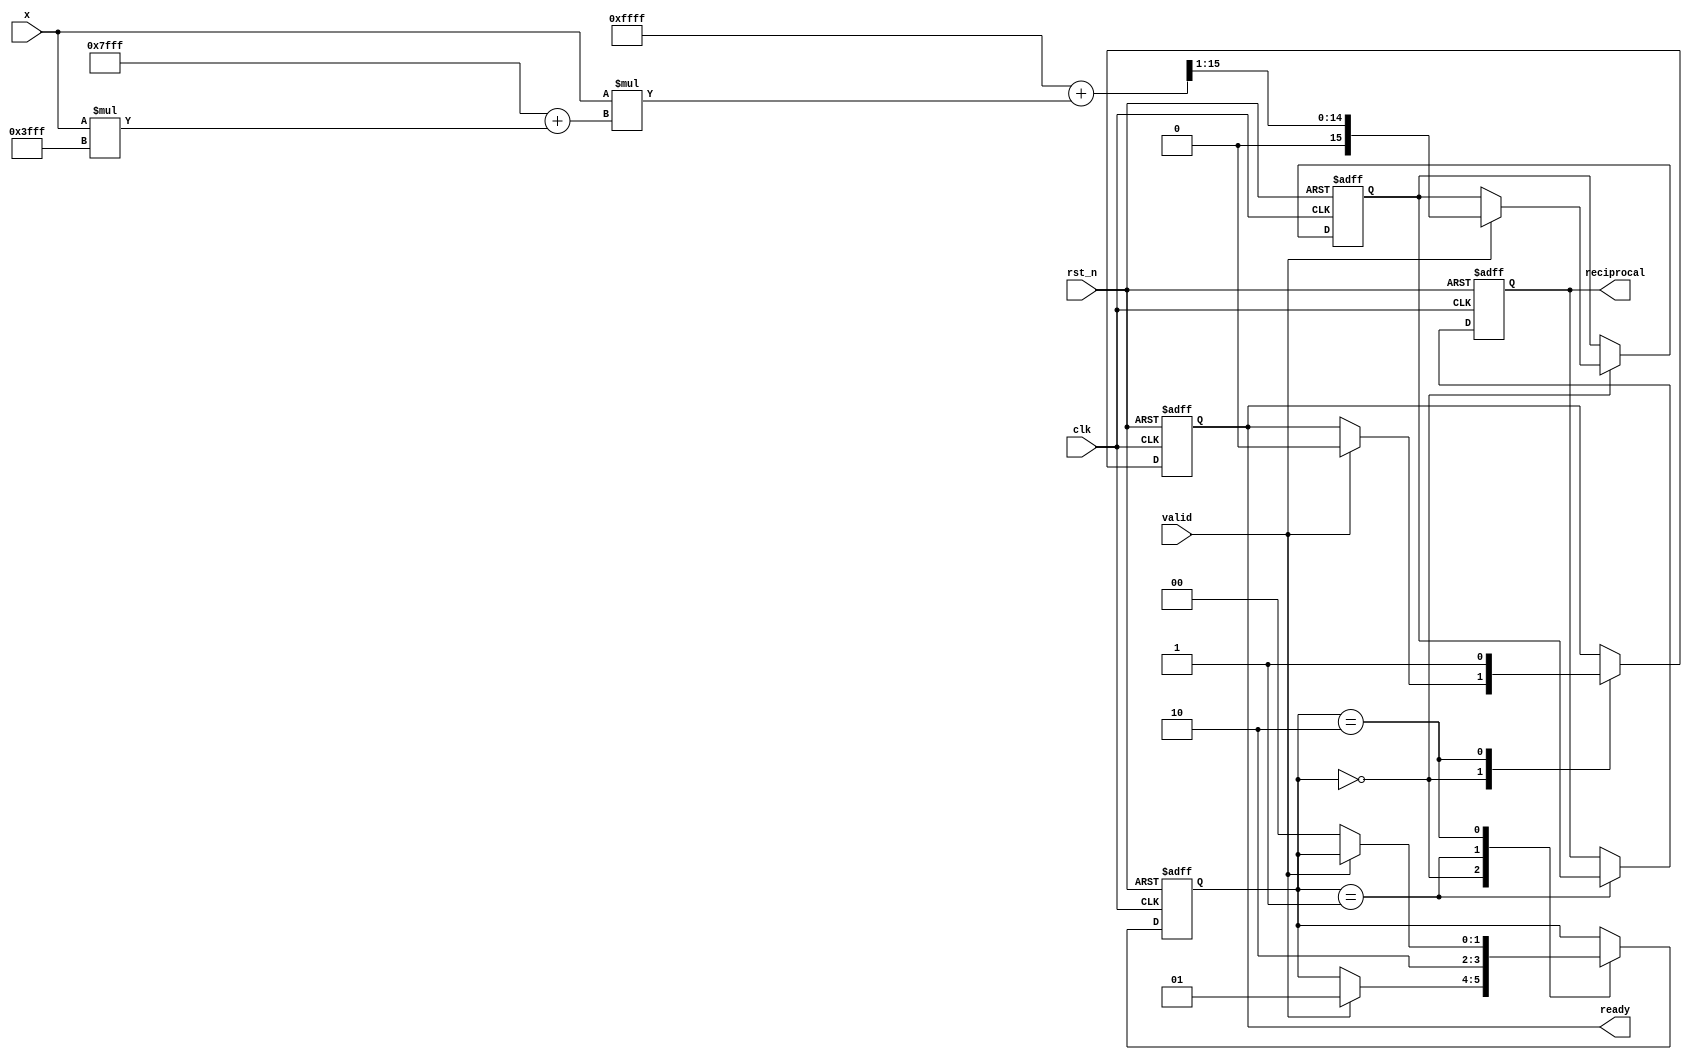
module polynomial_reciprocal (
    input wire clk,                // Clock input
    input wire rst_n,              // Active low reset
    input wire [15:0] x,           // Input x, 0 < x < 1 (16-bit fixed-point)
    input wire valid,              // Input valid signal
    output reg [15:0] reciprocal,  // Output reciprocal (16-bit fixed-point)
    output reg ready               // Output ready signal
);

    // Polynomial coefficients for the approximation R(x)
    parameter C0 = 16'hFFFF; // Coefficient for x^0
    parameter C1 = 16'h7FFF; // Coefficient for x^1
    parameter C2 = 16'h3FFF; // Coefficient for x^2
    // Add more coefficients as needed based on the desired polynomial degree

    reg [15:0] x_sq;           // x squared
    reg [15:0] poly_result;    // Polynomial evaluation result
    reg [1:0] state;           // State variable for FSM
    reg [3:0] count;           // Counter for iterations (if needed)

    // State encoding
    localparam IDLE = 2'd0;
    localparam CALC = 2'd1;
    localparam DONE = 2'd2;

    // FSM to control the computation
    always @(posedge clk or negedge rst_n) begin
        if (!rst_n) begin
            state <= IDLE;
            reciprocal <= 16'b0;
            ready <= 1'b0;
            poly_result <= 16'b0;
            count <= 4'b0;
        end else begin
            case (state)
                IDLE: begin
                    if (valid) begin
                        // Start computation when valid input is detected
                        state <= CALC;
                        ready <= 1'b0;
                        poly_result <= C0; // Initialize polynomial result
                        x_sq <= x * x; // Compute x^2

                        // Compute polynomial using Horner's method:
                        // R(x) = C0 + x * (C1 + x * (C2))
                        poly_result <= C0 + (x * (C1 + (x * C2))) >> 1; // Shift for fixed-point adjustment
                    end
                end
                CALC: begin
                    // Perform any iterative refinement if needed
                    // For simplicity, we skip this in this basic implementation

                    // Prepare the reciprocal result
                    reciprocal <= poly_result; // Store the polynomial result
                    state <= DONE; // Move to DONE state
                end
                DONE: begin
                    ready <= 1'b1; // Signal that output is ready
                    if (!valid) begin
                        state <= IDLE; // Return to IDLE when valid input is not present
                    end
                end
            endcase
        end
    end

endmodule